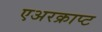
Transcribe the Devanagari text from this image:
एअरक्राप्ट